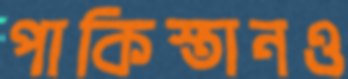
পাকিস্তানও